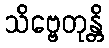
သိဗ္ဗေတုန္တိ